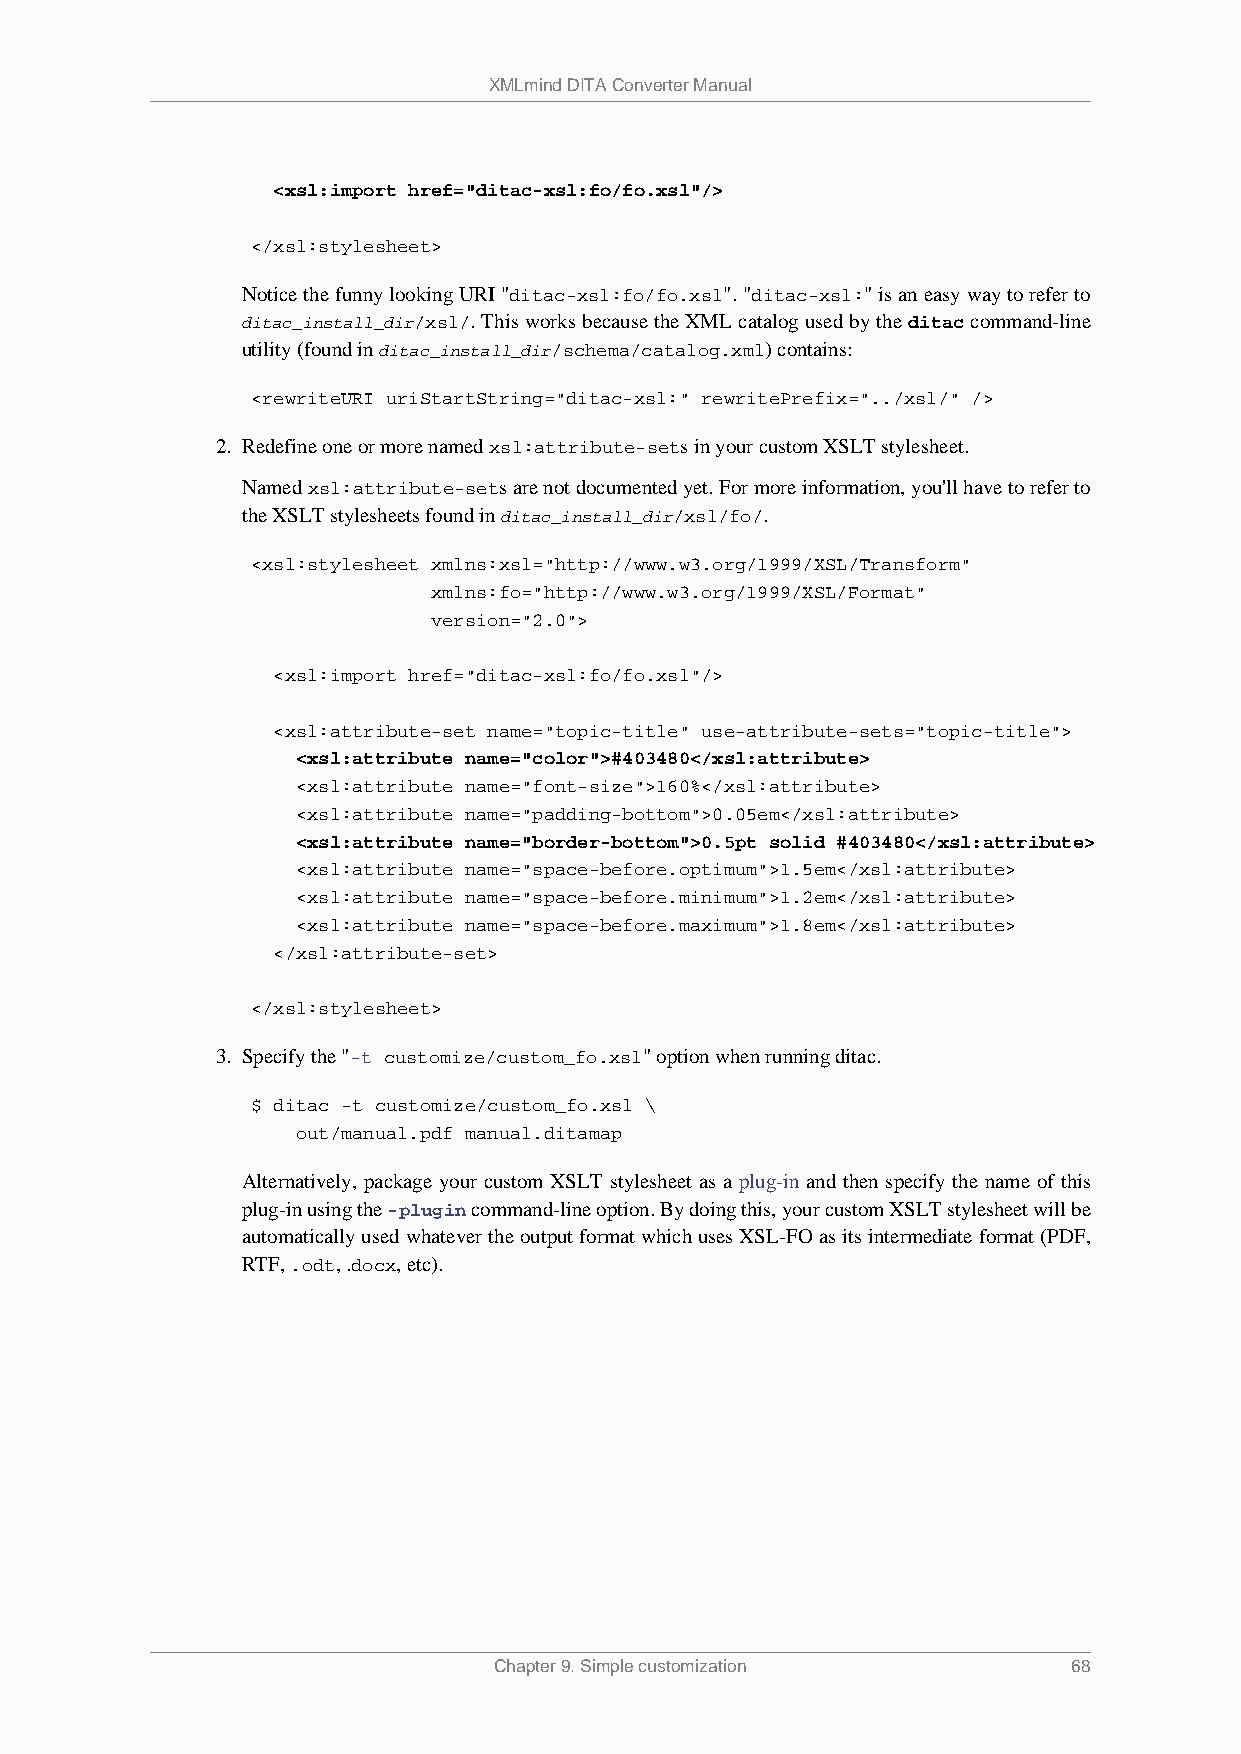
XMLmind DITA Converter Manual
 <xsl:import href="ditac-xsl:fo/fo.xsl"/>
 </xsl:stylesheet>
 Notice the funny looking URI "ditac-xsl:fo/fo.xsl". "ditac-xsl:" is an easy way to refer to
 ditac_install_dir/xsl/. This works because the XML catalog used by the ditac command-line
 utility (found in ditac_install_dir/schema/catalog.xml) contains:
 <rewriteURI uriStartString="ditac-xsl:" rewritePrefix="../xsl/" />
 2. Redefine one or more named xsl:attribute-sets in your custom XSLT stylesheet.
 Named xsl:attribute-sets are not documented yet. For more information, you'll have to refer to
 the XSLT stylesheets found in ditac_install_dir/xsl/fo/.
 <xsl:stylesheet xmlns:xsl="http://www.w3.org/1999/XSL/Transform"
 xmlns:fo="http://www.w3.org/1999/XSL/Format"
 version="2.0">
 <xsl:import href="ditac-xsl:fo/fo.xsl"/>
 <xsl:attribute-set name="topic-title" use-attribute-sets="topic-title">
 <xsl:attribute name="color">#403480</xsl:attribute>
 <xsl:attribute name="font-size">160%</xsl:attribute>
 <xsl:attribute name="padding-bottom">0.05em</xsl:attribute>
 <xsl:attribute name="border-bottom">0.5pt solid #403480</xsl:attribute>
 <xsl:attribute name="space-before.optimum">1.5em</xsl:attribute>
 <xsl:attribute name="space-before.minimum">1.2em</xsl:attribute>
 <xsl:attribute name="space-before.maximum">1.8em</xsl:attribute>
 </xsl:attribute-set>
 </xsl:stylesheet>
 3. Specify the "-t customize/custom_fo.xsl" option when running ditac.
 $ ditac -t customize/custom_fo.xsl \
 out/manual.pdf manual.ditamap
 Alternatively, package your custom XSLT stylesheet as a plug-in and then specify the name of this
 plug-in using the -plugin command-line option. By doing this, your custom XSLT stylesheet will be
 automatically used whatever the output format which uses XSL-FO as its intermediate format (PDF,
 RTF, .odt, .docx, etc).
 Chapter 9. Simple customization       68